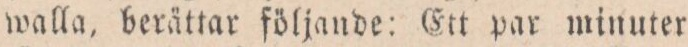
walla, berättar följande: Ett par minuter